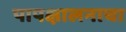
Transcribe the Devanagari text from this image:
पापक्षालनाचा